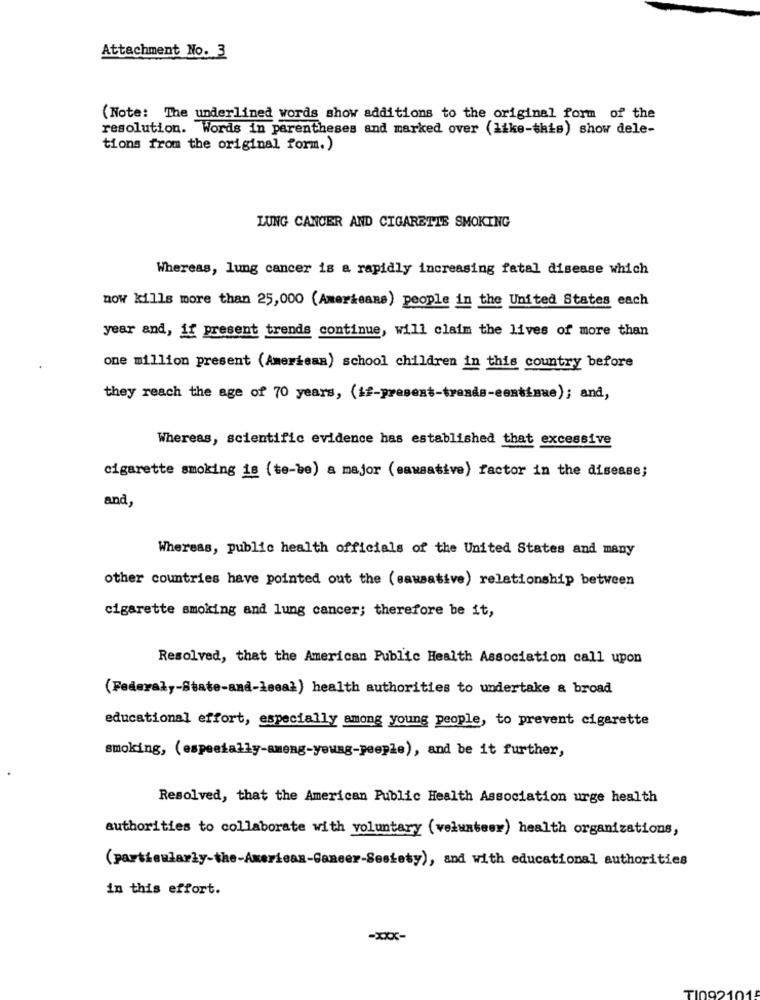
Attachment No. 3
(Note: The underlined words show additions to the original form of the
resolution. Words in parentheses and marked over (like-this) show dele-
tions from the original form.)
LUNG CANCER AND CIGARETTE SMOKING
Whereas, lung cancer is a rapidly increasing fatal disease which
now kills more than 25,000 (Americans) people in the United States each
year and, if present trends continue, will claim the lives of more than
one million present (American) school children in this country before
they reach the age of 70 years, (if-present-trends-eestimue); and,
Whereas, scientific evidence has established that excessive
cigarette smoking is (te-be) a major (sawsative) factor in the disease;
and,
Whereas, public health officials of the United States and many
other countries have pointed out the (sawsative) relationship between
cigarette smoking and lung cancer; therefore be it,
Resolved, that the American Public Health Association call upon
(Federal ,- State-and-lecal) health authorities to undertake & broad
educational effort, especially among young people, to prevent cigarette
smoking, (especially-ameng-young-people), and be it further,
Resolved, that the American Public Health Association urge health
authorities to collaborate with voluntary (volunteer) health organizations,
(particularly-the-American-Cancer-Seskety), and with educational authorities
in this effort.
-xxx-
1002